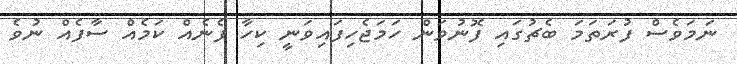
ނަމަވެސް ފުރަތަމަ ބެޗުގައި ފޮނުވަން ހަމަޖެހިފައިވަނީ ކިހާ ފެނެއް ކަމެއް ސާފެއް ނުވެ